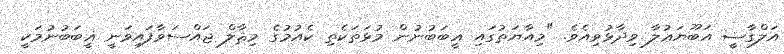
އަލްގާޟީ އަބޫޔަޢުލާ ވިދާޅުވިއެވެ. "މިއާޔަތުގައި ޣީބަބުނުން މުޅަތަކެތި ކެއުމުގެ މިޘާލް ޖައްސަވާފައިވަނީ ޣީބަބުނުމަކީ